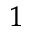
_ 1